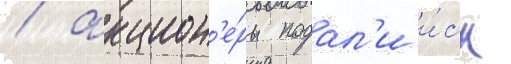
/ акцион'е́ры подал'и и́ск